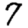
Digit: 7